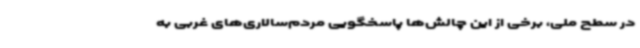
در سطح ملی، برخی از این چالش‌ها پاسخگویی مردم‌سالاری‌های غربی به